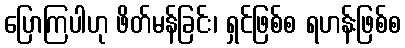
ပြောကြပါဟု ဖိတ်မန်ခြင်း၊ ရှင်ဖြစ်စ ရဟန်းဖြစ်စ